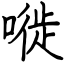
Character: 嘥